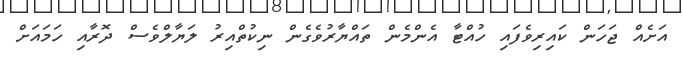
އަށެއް ޖަހަން ކައިރިވެފައި ހުއްޓާ އެންމެން ތައްޔާރުވެގެން ނިކުތްއިރު ލަޔާލްވެސް ދޮރާއި ހަމައަށް